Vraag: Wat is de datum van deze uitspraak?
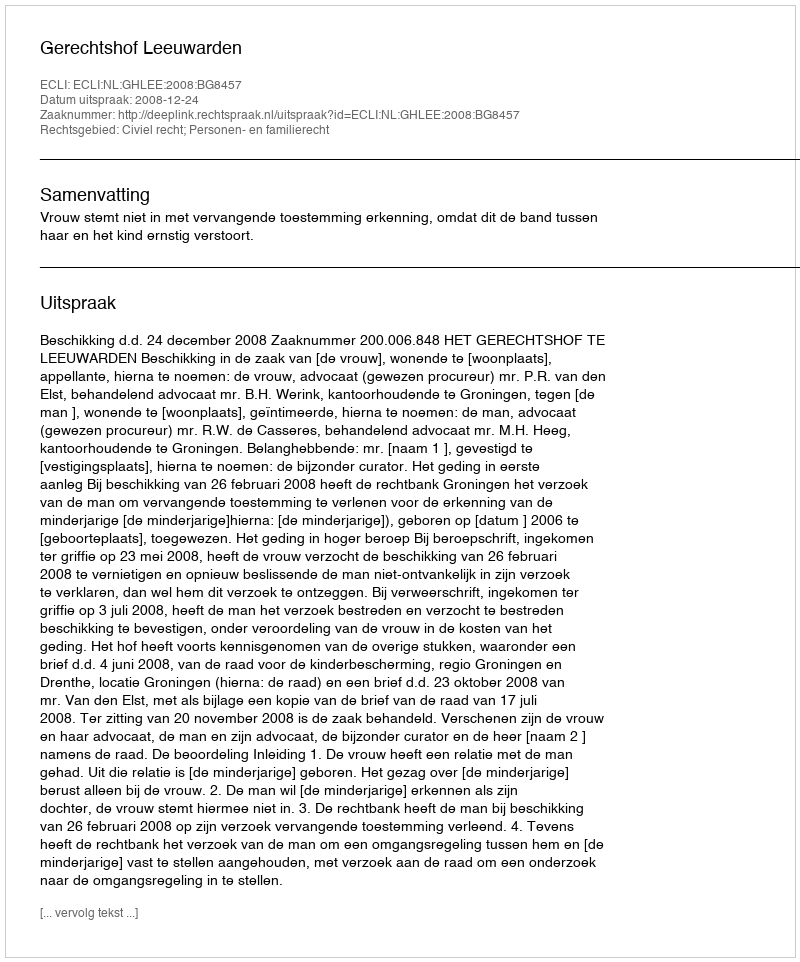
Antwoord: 2008-12-24